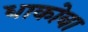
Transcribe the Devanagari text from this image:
धाकोबा